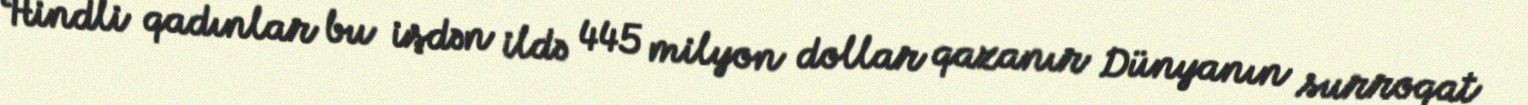
Hindli qadınlar bu işdən ildə 445 milyon dollar qazanır Dünyanın surroqat